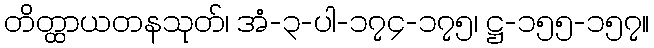
တိတ္ထာယတနသုတ်၊ အံ-၃-ပါ-၁၇၄-၁၇၅၊ ဋ္ဌ-၁၅၅-၁၅၇။